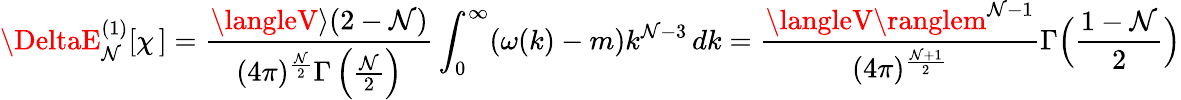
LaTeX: \DeltaE_{\mathcal{N}}^{(1)}[\chi\, ]=\frac{{\langleV\rangle(2-\mathcal{N})}}{{(4\pi)^{\frac{{\mathcal{N}}}{{2}}}\Gamma\left(\frac{{\mathcal{N}}}{{2}}\right)}}\int_{0}^{\infty}(\omega(k)-m)k^{\mathcal{N}-3}\, dk=\frac{{\langleV\ranglem^{\mathcal{N}-1}}}{{(4\pi)^{\frac{{\mathcal{N}+1}}{{2}}}}}\Gamma\Bigl(\frac{{1-\mathcal{N}}}{{2}}\Bigr)